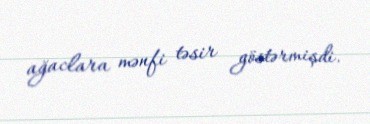
ağaclara mənfi təsir göstərmişdi.